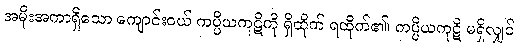
အမိုးအကာရှိသော ကျောင်းဝယ် ကပ္ပိယကုဋိကို ရှိထိုက် ရထိုက်၏၊ ကပ္ပိယကုဋိ မရှိလျှင်